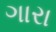
ગારા